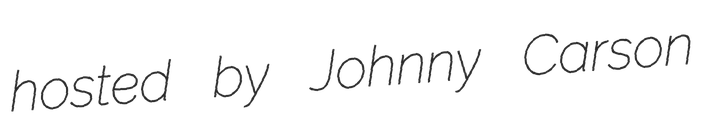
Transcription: hosted by Johnny Carson